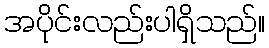
အပိုင်းလည်းပါရှိသည်။